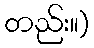
တည်း။)